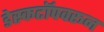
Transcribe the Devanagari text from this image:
डेस्कटॉपवरून